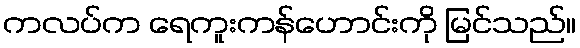
ကလပ်က ရေကူးကန်ဟောင်းကို မြင်သည်။